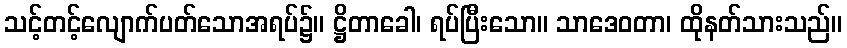
သင့်တင့်လျောက်ပတ်သောအရပ်၌။ ဋ္ဌိတာခေါ၊ ရပ်ပြီးသော။ သာဒေဝတာ၊ ထိုနတ်သားသည်။